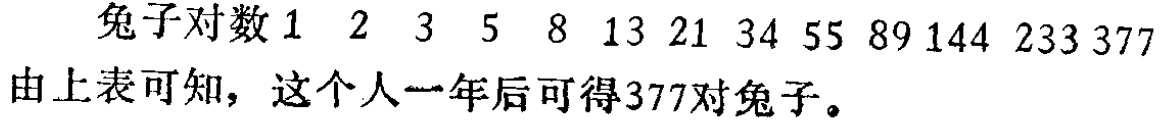
兔子对数1 2 3 5 8 13 21 34 55 89 144 233 377

由上表可知，这个人一年后可得377对兔子。